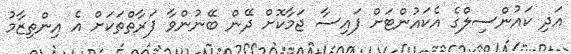
އަދި ކައުންސިލްގެ އެކައުންޓަށް ފައިސާ ޖަމާކޮށް ދޭން ބޭނުންވާ ފަރާތްތަކަށް އެ އިންތިޒާމު